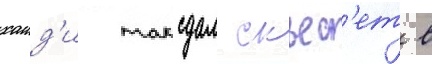
хаид'и таксдал скьес'ет в